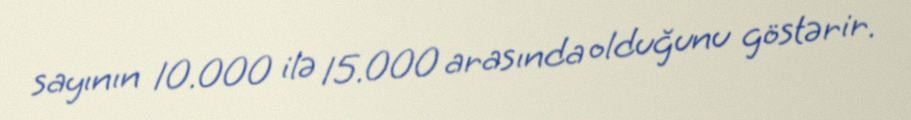
sayının 10.000 ilə 15.000 arasında olduğunu göstərir.